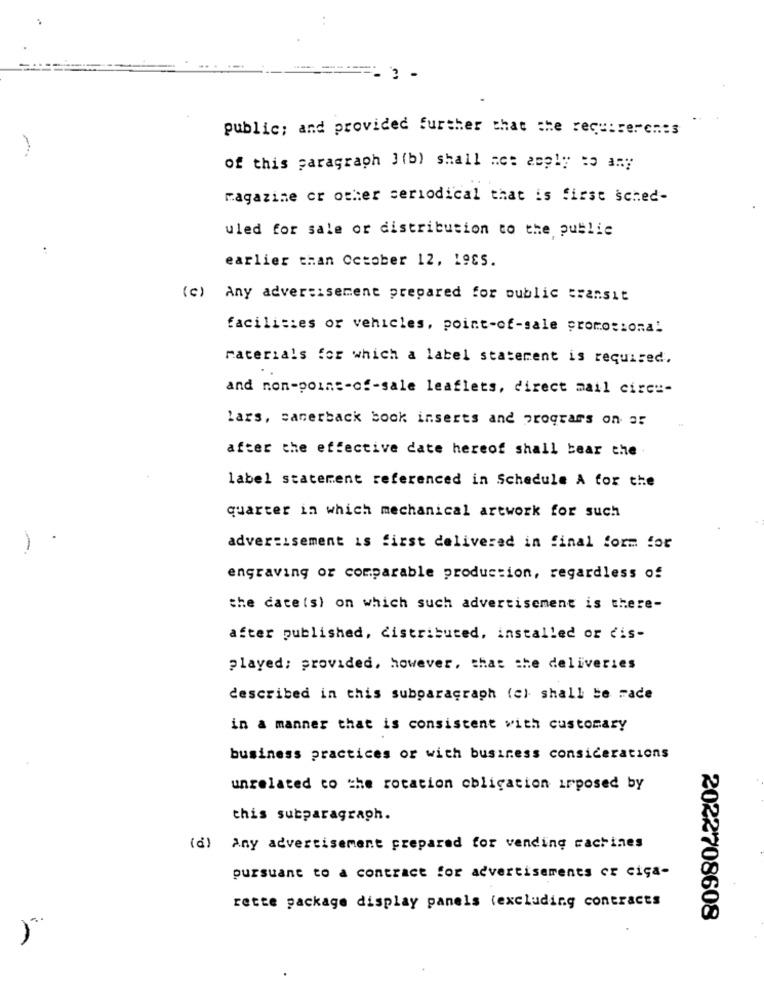
..
3 -
public; and provided further that the requirements
of this paragraph J(b) shall not apply to any
Magazine or other seriodical that is first sched-
uled for sale or distribution to the public
earlier than October 12, 1985.
(c) Any advertisement prepared for public transit
facilities or vehicles, point-of-sale promotional
materials for which a label statement is required.
and non-point-of-sale leaflets, direct mail circe-
lars, sanerback bock inserts and programs on ar
after the effective date hereof shall bear the .
label statement referenced in Schedule A for the
quarter in which mechanical artwork for such
advertisement is first delivered in final form for
engraving or comparable production, regardless of
the date(s) on which such advertisement is there-
after published, distributed, installed or dis-
played: provided, however, that the deliveries
described in this subparagraph (c) shall be made
in a manner that is consistent with customary
business practices or with business considerations
unrelated to the rotation obligation irposed by
this subparagraph.
(d) Any advertisement prepared for vending machines
pursuant to a contract for advertisements or cica-
rette package display panels (excluding contracts
2022708608